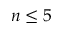
n \le 5